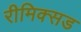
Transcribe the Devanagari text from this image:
रीमिक्सड